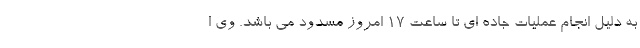
به دلیل انجام عملیات جاده ای تا ساعت 17 امروز مسدود می باشد. وی ا